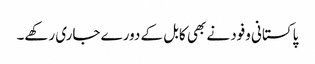
پاکستانی وفود نے بھی کابل کے دورے جاری رکھے۔